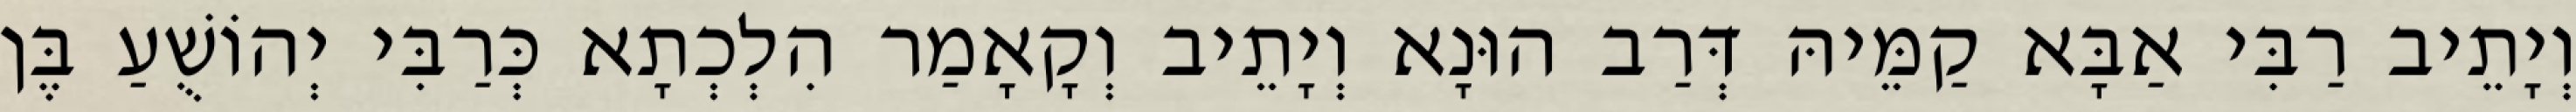
וְיָתֵיב רַבִּי אַבָּא קַמֵּיהּ דְּרַב הוּנָא וְיָתֵיב וְקָאָמַר הִלְכְתָא כְּרַבִּי יְהוֹשֻׁעַ בֶּן